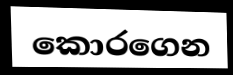
කොරගෙන